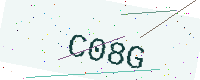
Text: C08G